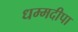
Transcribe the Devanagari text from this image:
धम्मदीपा